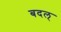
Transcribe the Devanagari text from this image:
बदल्